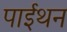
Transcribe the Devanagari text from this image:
पाईथन